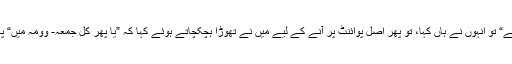
ان سے بات چیت کے دوران ان سے میں نے کہا کہ ”کبھی چائے پر ملیں گے“ تو انہوں نے ہاں کہا، تو پھر اصل پوائنٹ پر آنے کے لیے میں نے تھوڑا ہچکچاتے ہوئے کہا کہ ”یا پھر کل جمعہ- وومہ میں“ پھر فوراً تنبہ ہوا کہ ایسا نہیں بولنا چاہئے تو پھر کہا کہ ”کل جمعہ میں ملیں؟